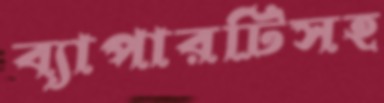
ব্যাপারটিসহ